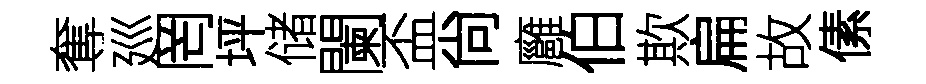
奪廵罔坪储闌盃尙廱伯欺扁故傃